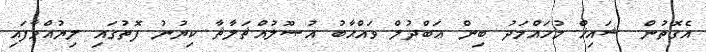
އެގޮތުން ޝައިޚް މުހައްމަދު ބިން ޢަބްދުލް ވައްޙާބު އުޞޫލުއްޘަލާޘާ ކިޔުނު ފޮތުގައި ލިޔުއްވާފައި